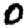
Digit: 0